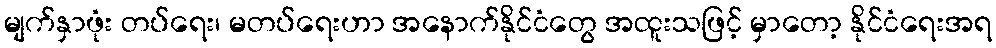
မျက်နှာဖုံး တပ်ရေး၊ မတပ်ရေးဟာ အနောက်နိုင်ငံတွေ အထူးသဖြင့် မှာတော့ နိုင်ငံရေးအရ